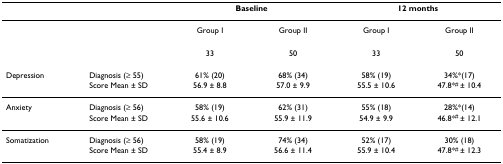
<table><thead><tr><td></td><td></td><td colspan="2"><b>Baseline</b></td><td colspan="2"><b>12 months</b></td></tr></thead><tbody><tr><td></td><td></td><td>Group I</td><td>Group II</td><td>Group I</td><td>Group II</td></tr><tr><td></td><td></td><td>33</td><td>50</td><td>33</td><td>50</td></tr><tr><td>Depression</td><td>Diagnosis (≥ 55)</td><td>61% (20)</td><td>68% (34)</td><td>58% (19)</td><td>34%*(17)</td></tr><tr><td></td><td>Score Mean ± SD</td><td>56.9 ± 8.8</td><td>57.0 ± 9.9</td><td>55.5 ± 10.6</td><td>47.8*<sup># </sup>± 10.4</td></tr><tr><td>Anxiety</td><td>Diagnosis (≥ 56)</td><td>58% (19)</td><td>62% (31)</td><td>55% (18)</td><td>28%*(14)</td></tr><tr><td></td><td>Score Mean ± SD</td><td>55.6 ± 10.6</td><td>55.9 ± 11.9</td><td>54.9 ± 9.9</td><td>46.8*<sup># </sup>± 12.1</td></tr><tr><td>Somatization</td><td>Diagnosis (≥ 56)</td><td>58% (19)</td><td>74% (34)</td><td>52% (17)</td><td>30% (18)</td></tr><tr><td></td><td>Score Mean ± SD</td><td>55.4 ± 8.9</td><td>56.6 ± 11.4</td><td>55.9 ± 10.4</td><td>47.8*<sup># </sup>± 12.3</td></tr></tbody></table>